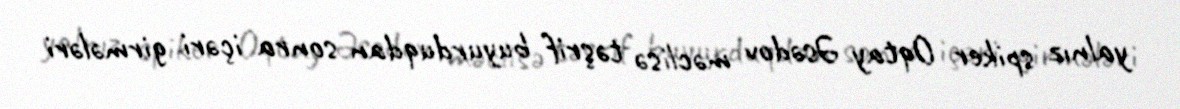
yalnız spiker Oqtay Əsədov məclisə təşrif buyurduqdan sonra içəri girmələri